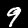
Digit: 9